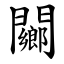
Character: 䦳